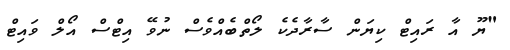
"ޔޫ އާ ރައިޓް ކިޔަން ސާރާދެކެ ލޯތްބެއްވެސް ނުވޭ އިޓްސް އޯލް ވައިޓް